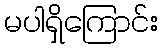
မပါရှိကြောင်း